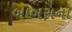
બાબરાના